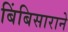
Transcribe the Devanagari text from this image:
बिंबिसाराने